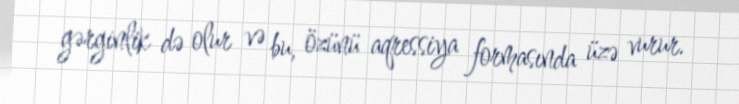
gərginlik də olur və bu, özünü aqressiya formasında üzə vurur.